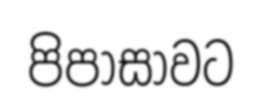
පිපාසාවට